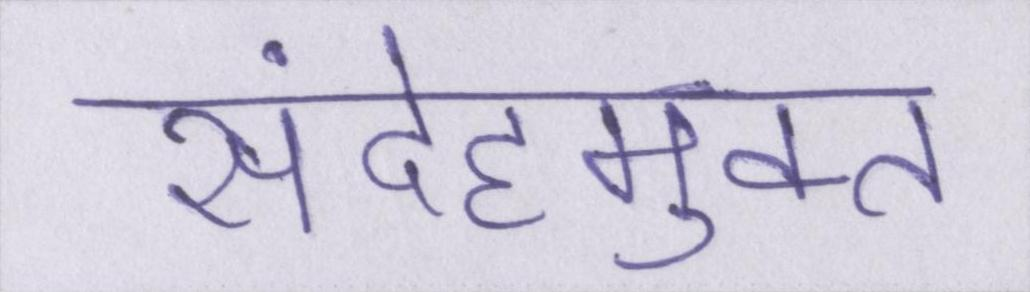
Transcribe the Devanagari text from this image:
संदेहमुक्त